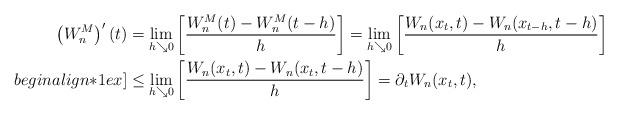
LaTeX: \begin{align*} \left(W_{n}^{M} \right)'(t) &= \lim_{h \searrow 0} \left[ \frac{W_{n}^{M}(t) - W_{n}^{M}(t-h)}{h} \right] = \lim_{h \searrow 0} \left[ \frac{W_{n}(x_{t},t) - W_{n}(x_{t-h}, t-h)}{h} \right] \\begin{align*}1ex] &\le \lim_{h \searrow 0} \left[ \frac{W_{n}(x_{t},t)-W_{n}(x_{t},t-h)}{h} \right] = \partial_{t} W_{n}(x_{t},t),\end{align*}